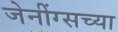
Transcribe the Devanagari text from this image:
जेनींग्सच्या